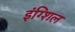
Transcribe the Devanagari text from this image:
इंग्शिल